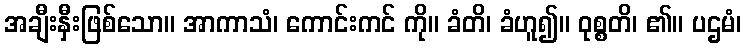
အချီးနှီးဖြစ်သော။ အာကာသံ၊ ကောင်းကင် ကို။ ခံတိ၊ ခံဟူ၍။ ဝုစ္စတိ၊ ၏။ ပဌမံ၊